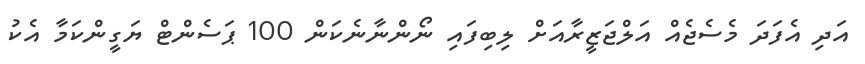
އަދި އެފަދަ މެސެޖެއް އަލްޖަޒީރާއަށް ލިބިފައި ނޯންނާނެކަން 100 ޕަސެންޓް ޔަގީންކަމާ އެކު